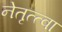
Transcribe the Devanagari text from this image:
नेतृत्त्वा